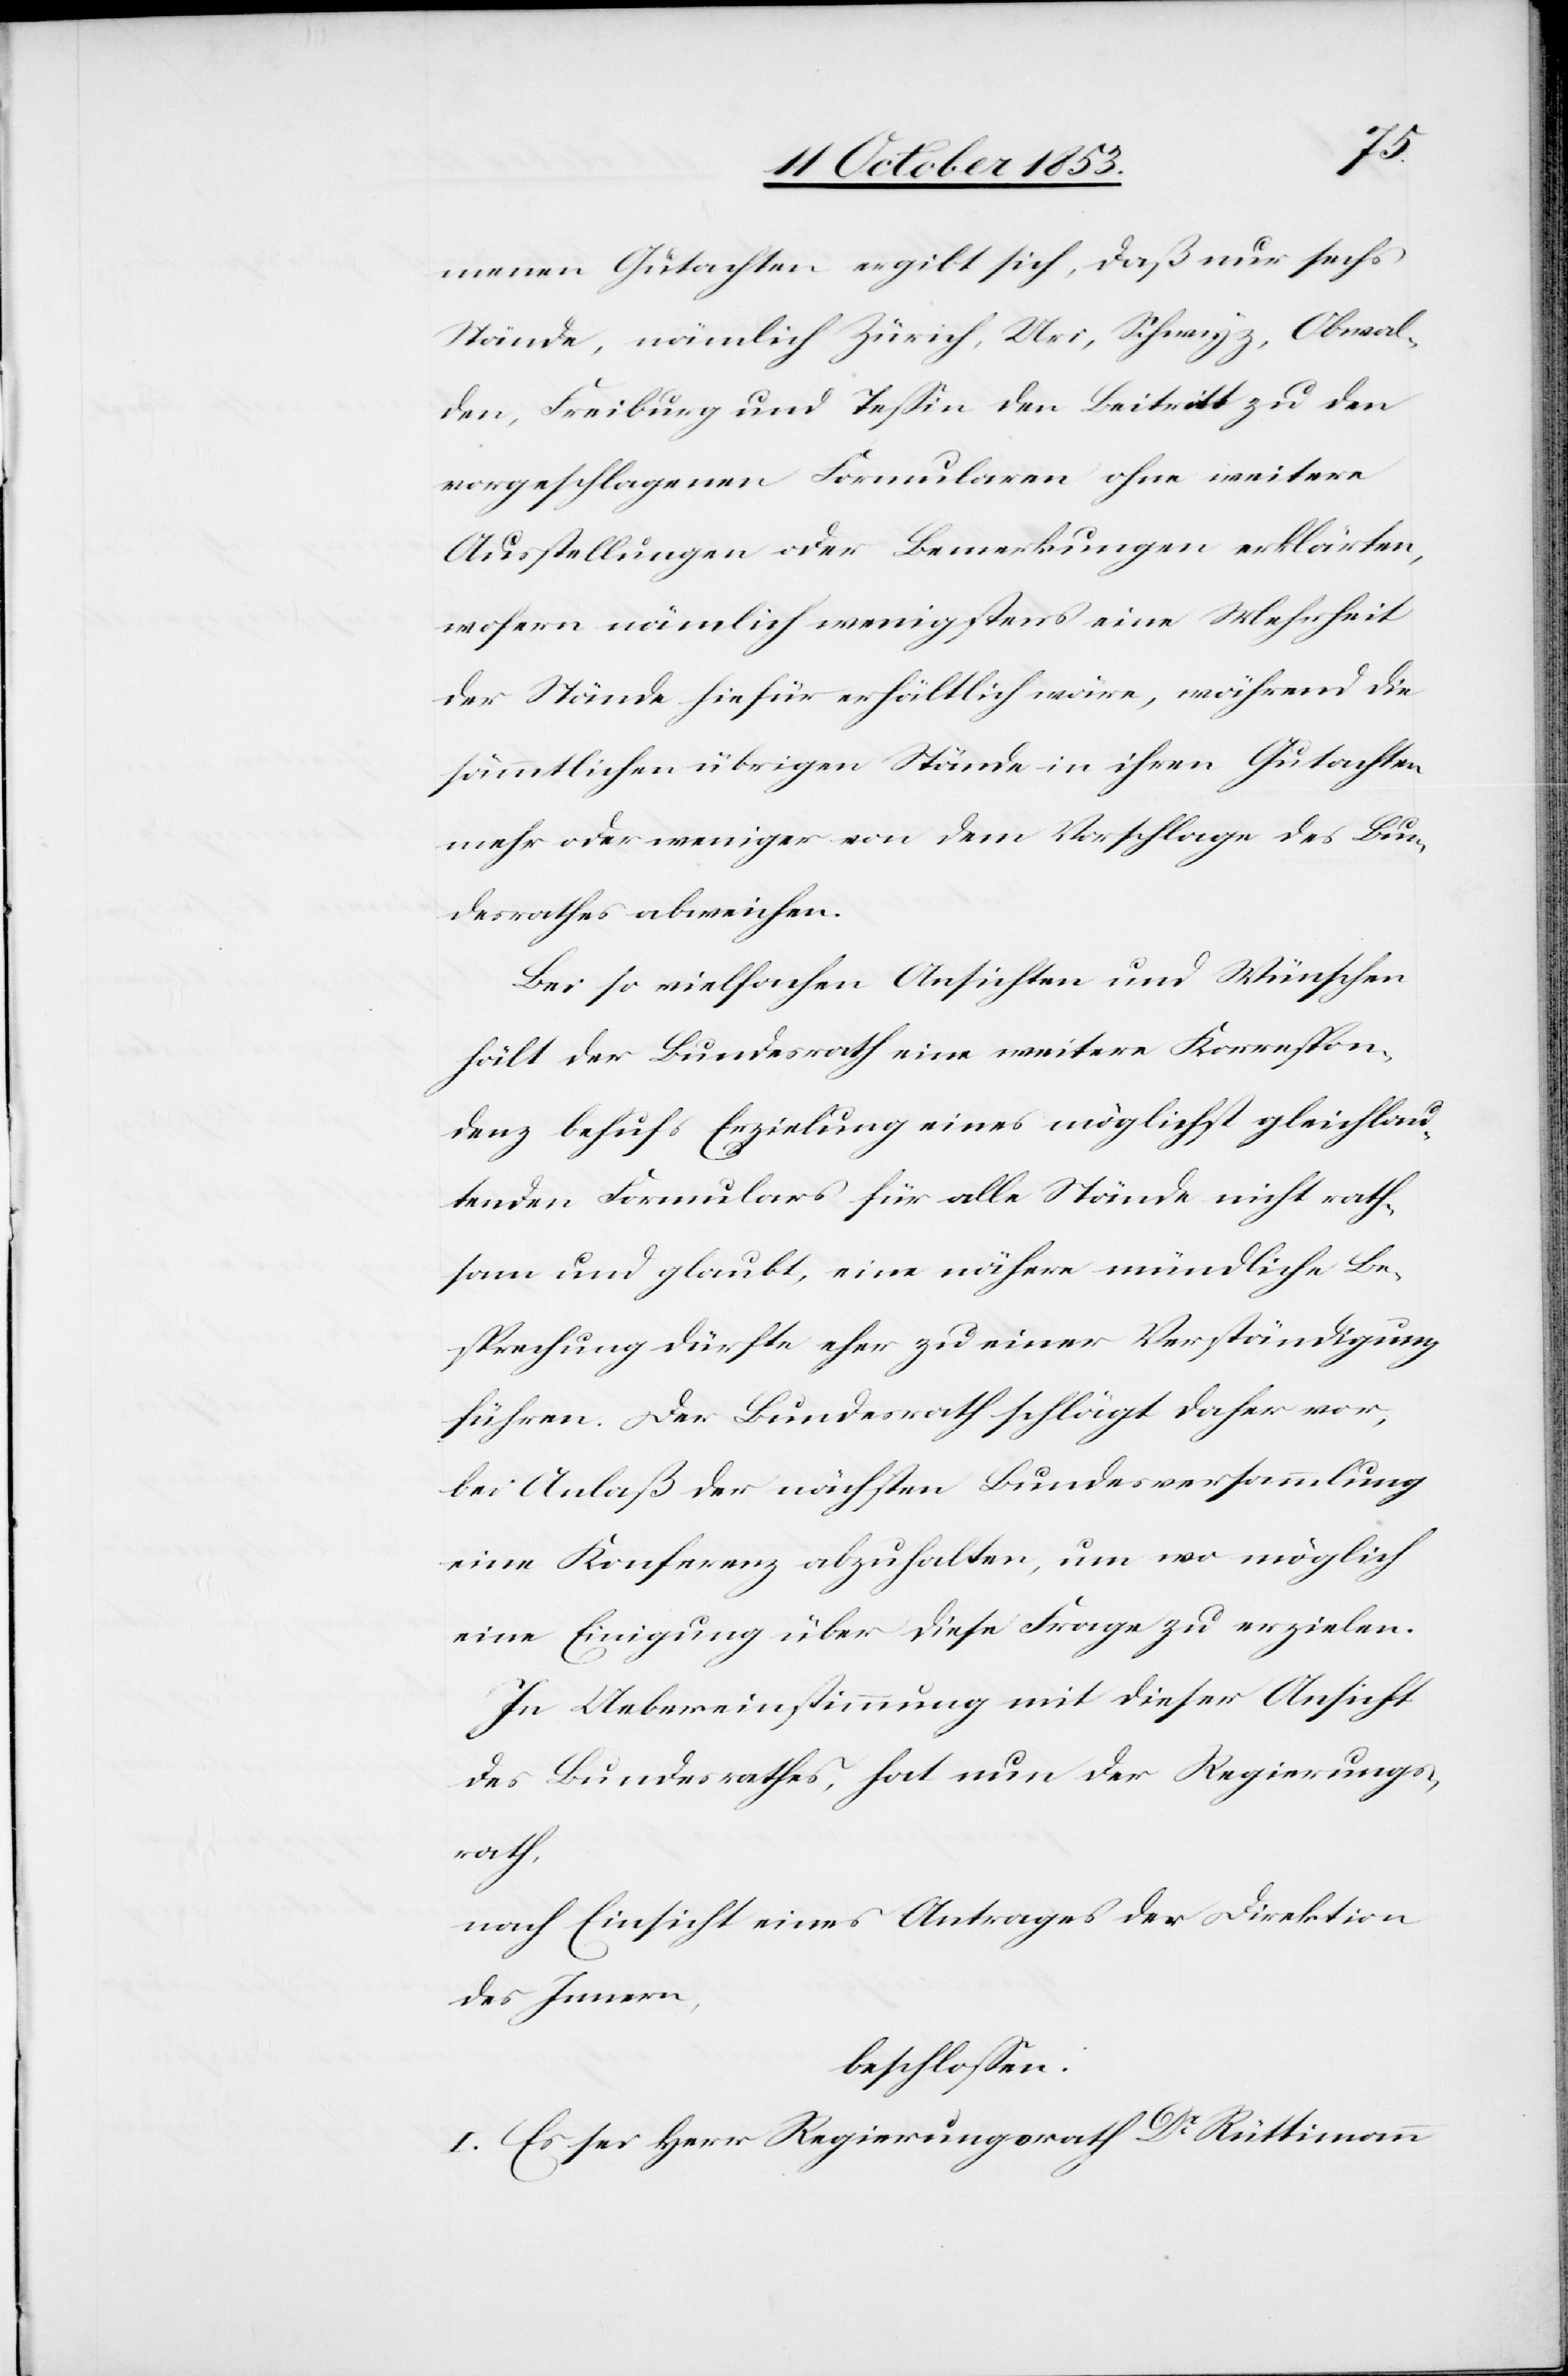
menen Gutachten ergibt sich, daß nur sechs
Stände, nämlich Zürich, Uri, Schwyz, Obwal¬
den, Freiburg und Teßin den Beitritt zu den
vorgeschlagenen Formularen ohne weitere
Ausstellungen oder Bemerkungen erklärten,
wofern nämlich wenigstens eine Mehrheit
der Stände hiefür erhältlich wäre, während die
sämmtlichen übrigen Stände in ihren Gutachten
mehr oder weniger von dem Vorschlage des Bun¬
desrathes abweichen.
Bei so vielfachen Ansichten und Wünschen
hält der Bundesrath eine weitere Korrespon¬
denz behufs Erzielung eines möglichst gleichlau¬
tenden Formulars für alle Stände nicht rath¬
sam und glaubt, eine nähere mündliche Be¬
sprechung dürfte eher zu einer Verständigung
führen. Der Bundesrath schlägt daher vor,
bei Anlaß der nächsten Bundesversammlung
eine Konferenz abzuhalten, um wo möglich
eine Einigung über diese Frage zu erzielen.
In Uebereinstimmung mit dieser Ansicht
des Bundesrathes hat nun der Regierungs¬
rath,
nach Einsicht eines Antrages der Direktion
des Innern,
beschloßen:
I. Es sei Herr Regierungsrath Dr Rüttimann